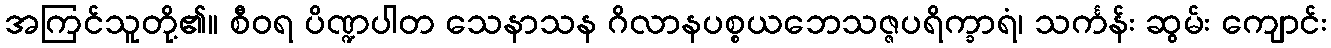
အကြင်သူတို့၏။ စီဝရ ပိဏ္ဍပါတ သေနာသန ဂိလာနပစ္စယဘေသဇ္ဇပရိက္ခာရံ၊ သင်္ကန်း ဆွမ်း ကျောင်း